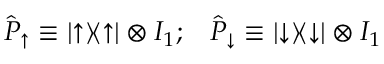
\hat { P } _ { \uparrow } \equiv | { \uparrow } \rangle \! \langle { \uparrow } | \otimes I _ { 1 } ; \; \; \; \hat { P } _ { \downarrow } \equiv | { \downarrow } \rangle \! \langle { \downarrow } | \otimes I _ { 1 }